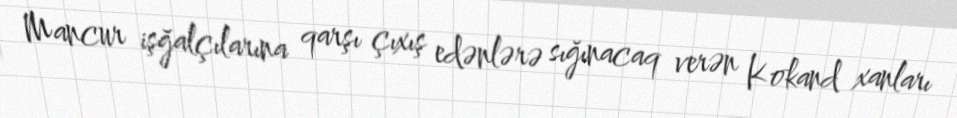
Mancur işğalçılarına qarşı çıxış edənlərə sığınacaq verən Kokand xanları